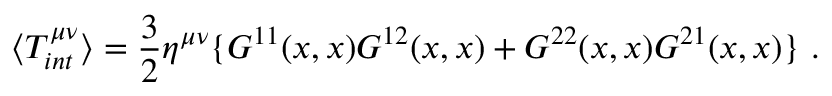
\langle T _ { i n t } ^ { \mu \nu } \rangle = \frac { 3 } { 2 } \eta ^ { \mu \nu } \{ G ^ { 1 1 } ( x , x ) G ^ { 1 2 } ( x , x ) + G ^ { 2 2 } ( x , x ) G ^ { 2 1 } ( x , x ) \} \ .